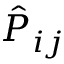
\hat { P } _ { i j }